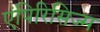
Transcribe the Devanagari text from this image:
एंपिरिसिज्म